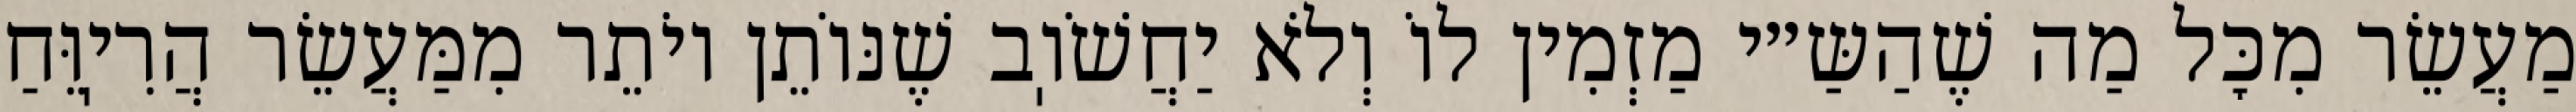
מַעֲשֵׂר מִכׇּל מַה שֶׁהַשַּ״י מַזְמִין לוֹ וְלֹא יַחֲשֹׁוֽב שֶׁנּוֹתֵן יוֹתֵר מִמַּעֲשֵׂר הֲרִיֽוֵּחַ